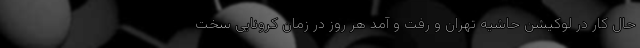
حال کار در لوکیشن حاشیه تهران و رفت و آمد هر روز در زمان کرونایی سخت